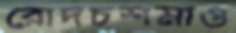
রোদচশমাও